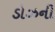
ડોઝની